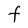
Character: F